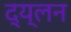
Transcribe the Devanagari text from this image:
द्य्लन